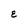
Character: E